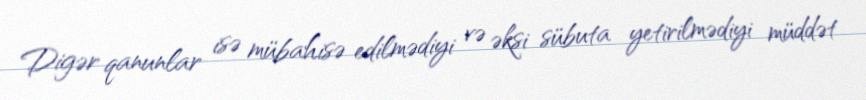
Digər qanunlar isə mübahisə edilmədiyi və əksi sübuta yetirilmədiyi müddət